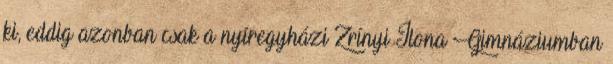
ki, eddig azonban csak a nyíregyházi Zrínyi Ilona Gimnáziumban